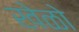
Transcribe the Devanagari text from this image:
खेळो